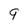
Character: 9